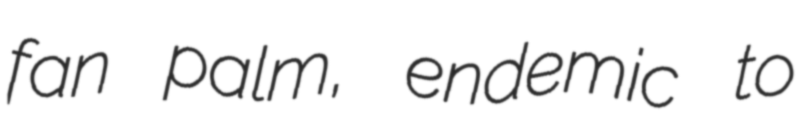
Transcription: fan palm, endemic to